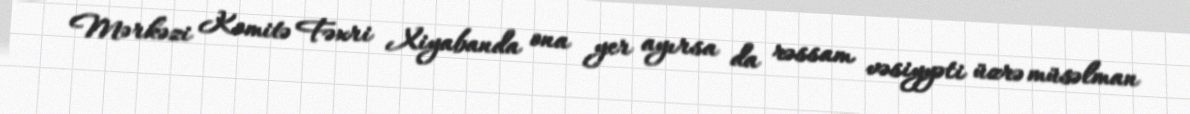
Mərkəzi Komitə Fəxri Xiyabanda ona yer ayırsa da rəssam vəsiyyəti üzrə müsəlman